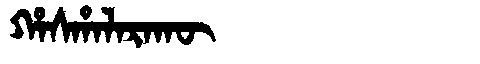
Manchu: ᡥᠠᠰᡥᠠᠯᠠᡵᠠᡴᡡ
Romanization: HASHALARAKŪ